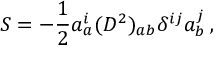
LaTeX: S = - \frac { 1 } { 2 } a _ { a } ^ { i } ( D ^ { 2 } ) _ { a b } { \delta } ^ { i j } a _ { b } ^ { j } \, ,